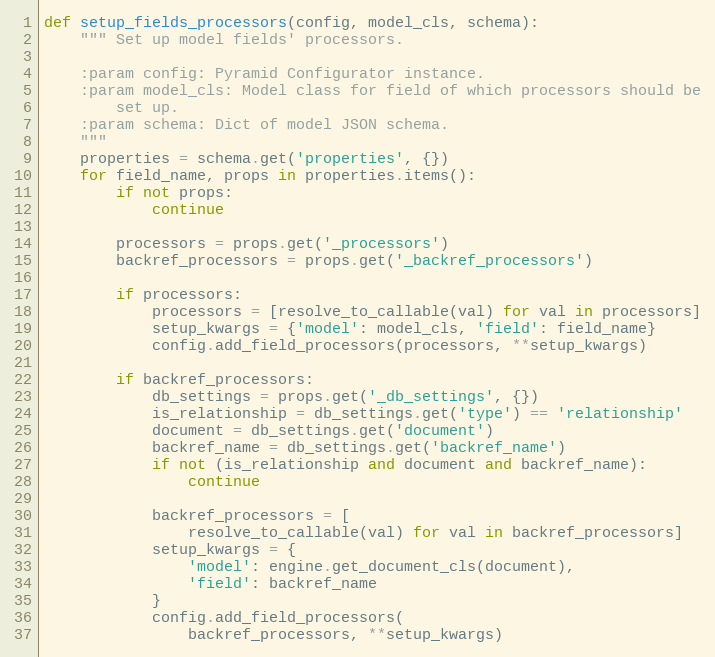
Language: Python
def setup_fields_processors(config, model_cls, schema):
    """ Set up model fields' processors.

    :param config: Pyramid Configurator instance.
    :param model_cls: Model class for field of which processors should be
        set up.
    :param schema: Dict of model JSON schema.
    """
    properties = schema.get('properties', {})
    for field_name, props in properties.items():
        if not props:
            continue

        processors = props.get('_processors')
        backref_processors = props.get('_backref_processors')

        if processors:
            processors = [resolve_to_callable(val) for val in processors]
            setup_kwargs = {'model': model_cls, 'field': field_name}
            config.add_field_processors(processors, **setup_kwargs)

        if backref_processors:
            db_settings = props.get('_db_settings', {})
            is_relationship = db_settings.get('type') == 'relationship'
            document = db_settings.get('document')
            backref_name = db_settings.get('backref_name')
            if not (is_relationship and document and backref_name):
                continue

            backref_processors = [
                resolve_to_callable(val) for val in backref_processors]
            setup_kwargs = {
                'model': engine.get_document_cls(document),
                'field': backref_name
            }
            config.add_field_processors(
                backref_processors, **setup_kwargs)